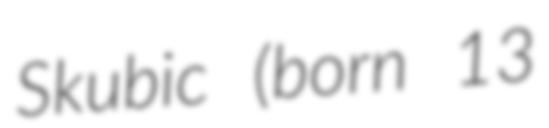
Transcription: Skubic (born 13